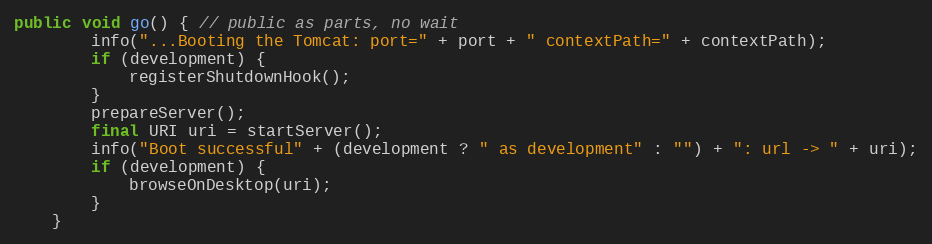
Language: Java
public void go() { // public as parts, no wait
        info("...Booting the Tomcat: port=" + port + " contextPath=" + contextPath);
        if (development) {
            registerShutdownHook();
        }
        prepareServer();
        final URI uri = startServer();
        info("Boot successful" + (development ? " as development" : "") + ": url -> " + uri);
        if (development) {
            browseOnDesktop(uri);
        }
    }